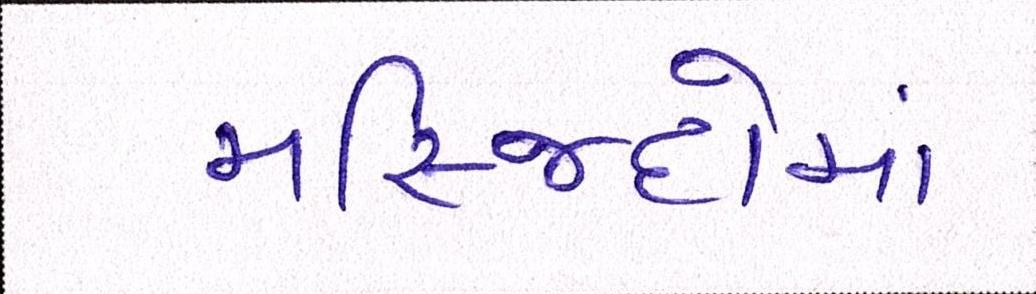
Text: મસ્જિદોમાં